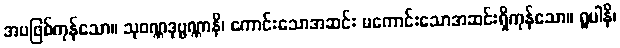
အပဖြစ်ကုန်သော။ သုဝဏ္ဏဒုဗ္ဗဏ္ဏာနိ၊ ကောင်းသောအဆင်း မကောင်းသောအဆင်းရှိကုန်သော။ ရူပါနိ၊